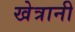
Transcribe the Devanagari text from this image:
खेत्रानी